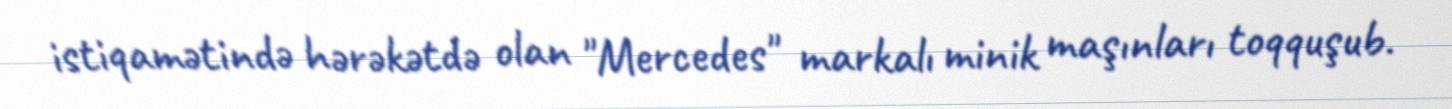
istiqamətində hərəkətdə olan "Mercedes" markalı minik maşınları toqquşub.